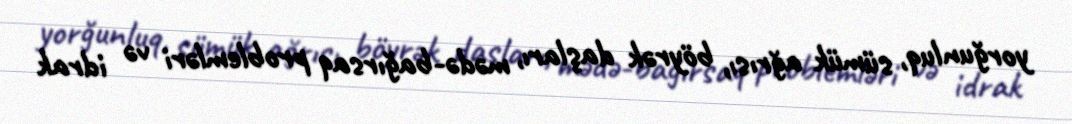
yorğunluq, sümük ağrısı, böyrək daşları, mədə-bağırsaq problemləri və idrak